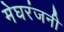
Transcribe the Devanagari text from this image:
मेघरंजनी